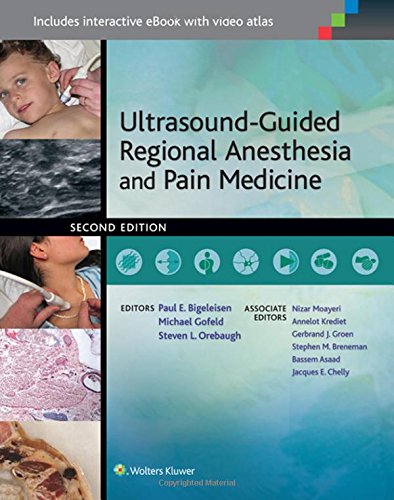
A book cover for Ultrasound-Guided Regional Anesthesia and Pain Medicine; Paul E. Bigeleisen MD; Medical Books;